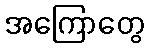
အကြောတွေ